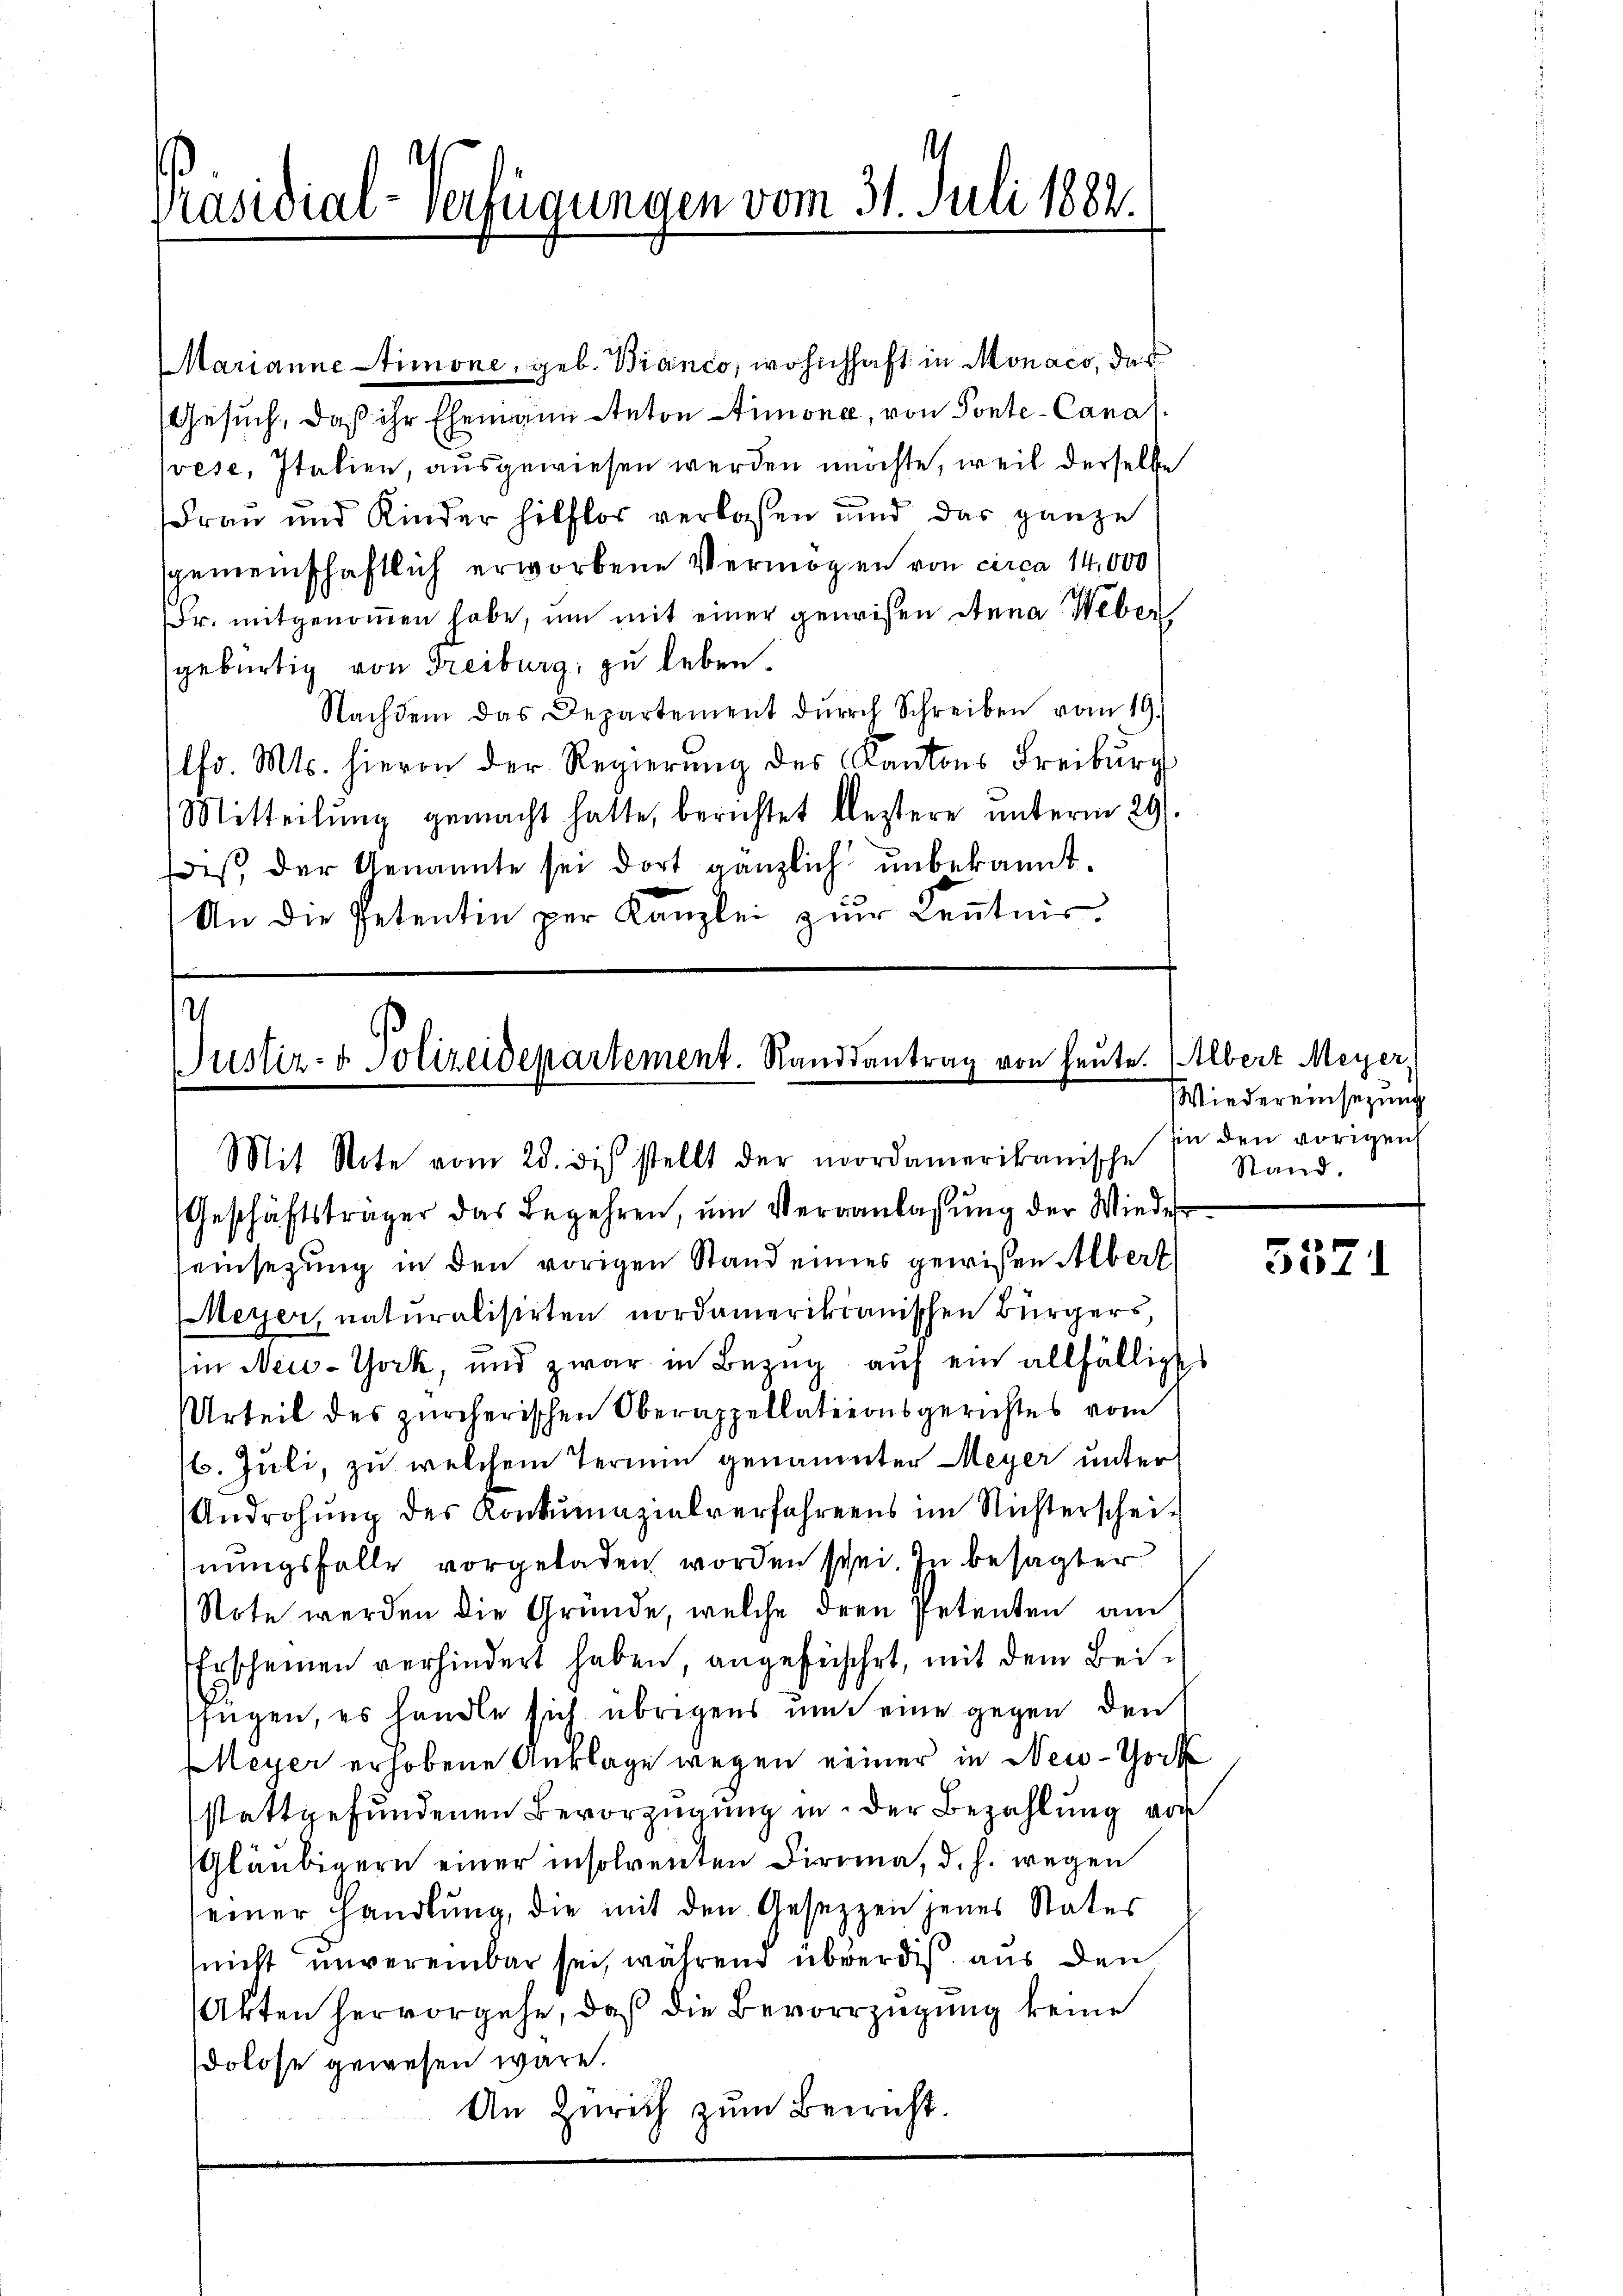
Präsidial-Verfügungen vom 31. Juli 1882.

Marianne Stimone, geb. Branco, wohnhaft in Monaco, das
Gesuch, daß ihr Ehemann Anton Simonee, von Ponte-Cana
prese, Italien, ausgewiesen werden möchte, weil derselbe
Frau und Kinder hilflos verlassen und das ganze
sgemeinschaftlich erworbene Vermögen von circa 14,000
Fr. mitgenoṁen habe, um mit einer gewesen Anna Weber
gebürtig von Freiburg, zu leben.
Nachdem das Departement dŭrch Schreiben vom 19.
lfr. Mts. hievon der Regierung des Kantons Freiburg
Mitteilŭng gemacht hatte, berichtet leztere unterm 29.
des, der Genannte sei dort gänzlich unbekannt.
An die Petentin per Kanzlei zur Kenntnis¬

2
Justiz- & Polizeidepartement. Randsantrag von heute. (Albert Meyer,

Geschäftsträger das Begehren, ŭm Veranlassŭng der Wieder
einsetzung in den vorigen Stand eines gewisen Albert
Meyer, naturalisirten nordamerikanischen Bürgers,
in New-York, und zwar in Bezug auf ein allfälliges
Urteil des zürcherischen Oberappellationsgerichtes vom
16. Juli, zu welchem Termin genannter Meyer unter
Androhŭng des Konkŭrmazialverfahrens im Nichterschei-
nungsfalle vorgeladen worden sei. In besagter
Note werden die Gründe, welche deren Petenten am
Erscheinen verhindert haben, angeführt, mit dem Beifügen, es handle sich übrigens um seine gegen den
Meyer erhobene Anklage wegen neiner in New-York
stattgefundenen Bevorzugung in der Bezahlung von
Gläubigern einer insolventen Diroma, d. h. wegen
seiner Handlŭng, die mit den Gesezzen jenes Vater
(nicht unvereinbar sei, während überdies aus den
Akten hervorgehe, daß die Bevorzügung keine
dolose gewesen wäre.
An Zürich zum Bericht.

Mit Note vom 28. di stellt der nordamerikanische

Wiedereinsezung
sin den vorigen
Stand.

5371